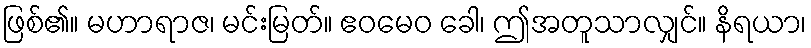
ဖြစ်၏။ မဟာရာဇ၊ မင်းမြတ်။ ဧဝမေဝ ခေါ၊ ဤအတူသာလျှင်။ နိရယာ၊